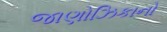
જાણોઝિકાનો